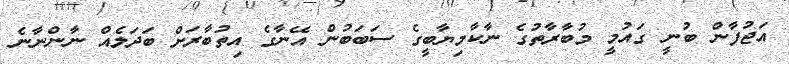
އަޖުފާން ބުނީ ގައުމީ މުބާރާތުގެ ނާކާމިޔާބީގެ ސަބަބުން އޭނާގެ އިތުބާރަށް ބަދަލެއް ނާންނާނެ